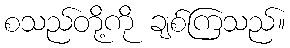
စသည်တို့ကို ချစ်ကြသည်။